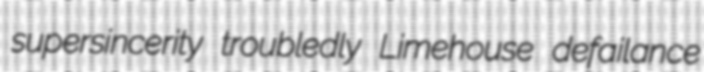
supersincerity troubledly Limehouse defailance